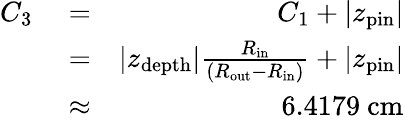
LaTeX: \begin{array}{rlr}{C_{3}}&{{}=}&{C_{1}+\vert z_{\mathrm{pin}}\vert}\\ {\ }&{{}=}&{\vert z_{\mathrm{depth}}\vert\frac{R_{\mathrm{in}}}{\left(R_{\mathrm{out}}-R_{\mathrm{in}}\right)}+\vert z_{\mathrm{pin}}\vert}\\ {\ }&{{}\approx}&{6.4179\ \mathrm{cm}}\end{array}